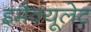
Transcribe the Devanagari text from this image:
इमैक्यूलेट